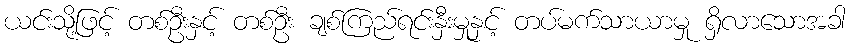
ယင်းသို့ဖြင့် တစ်ဦးနှင့် တစ်ဦး ချစ်ကြည်ရင်းနှီးမှုနှင့် တပ်မက်သာယာမှု ရှိလာသောအခါ